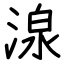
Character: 湶